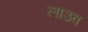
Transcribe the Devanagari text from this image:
लाउव